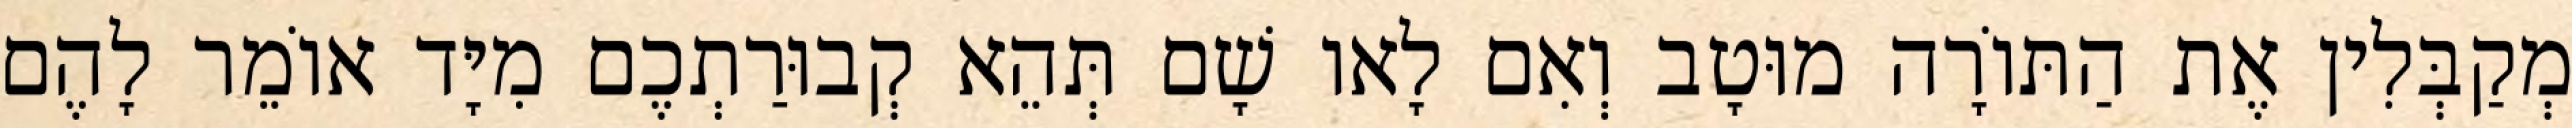
מְקַבְּלִין אֶת הַתּוֹרָה מוּטָב וְאִם לָאו שָׁם תְּהֵא קְבוּרַתְכֶם מִיָּד אוֹמֵר לָהֶם